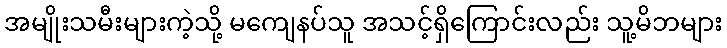
အမျိုးသမီးများကဲ့သို့ မကျေနပ်သူ အသင့်ရှိကြောင်းလည်း သူ့မိဘများ